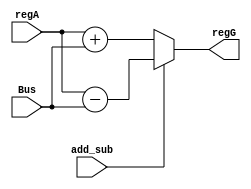
module AddSub(
              input wire [8:0] regA,
				  input wire [8:0] Bus,
				  input wire add_sub, //0 for add, 1 for sub
				  output reg [8:0] regG
				  );
					
					always @(regA)
						begin
					   if (~add_sub)
							regG <= regA + Bus;
						else
							regG <= regA - Bus;
						end
endmodule